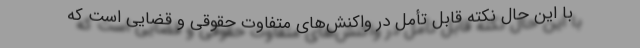
با این حال نکته قابل تأمل در واکنش‌های متفاوت حقوقی و قضایی است که